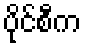
ပိုင်စီက